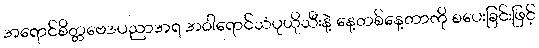
အရောင်စိတ္တဗေဒပညာအရ အဝါရောင်သံပုယိုသီးနဲ့ နေ့တစ်နေ့တာကို စပေးခြင်းဖြင့်